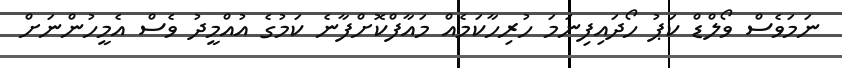
ނަމަވެސް ވޯލްޑް ކަޕު ހޯދައިފިނަމަ ހުރިހާކަމެއް މައާފްކޮށްފާނެ ކަމުގެ އުއްމީދު ވެސް އެމީހުންނަށް